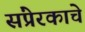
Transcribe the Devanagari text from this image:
संप्रेरकाचे